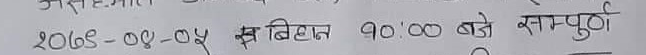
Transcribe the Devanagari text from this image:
२०६८-०४-०५ बिहान 9:00 बजे सम्पूर्ण